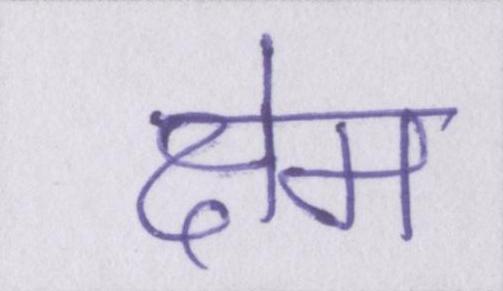
क्षेम